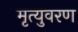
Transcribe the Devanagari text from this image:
मृत्युवरण